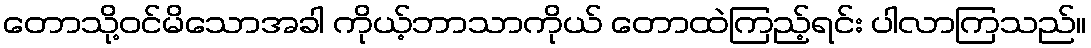
တောသို့ဝင်မိသောအခါ ကိုယ့်ဘာသာကိုယ် တောထဲကြည့်ရင်း ပါလာကြသည်။